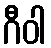
ဂီဝါ